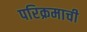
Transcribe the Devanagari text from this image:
परिक्रमाची